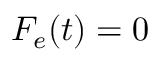
F _ { e } ( t ) = 0